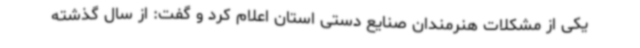
یکی از مشکلات هنرمندان صنایع دستی استان اعلام کرد و گفت: از سال گذشته